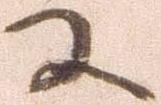
に